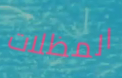
المظلات